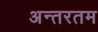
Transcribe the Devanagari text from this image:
अन्तरतम